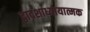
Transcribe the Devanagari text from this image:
द्वादशाध्यायात्मक